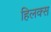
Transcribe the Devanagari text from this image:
हिलक्स